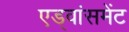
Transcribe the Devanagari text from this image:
एड्वांसमेंट